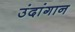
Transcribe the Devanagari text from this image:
उंदांगान